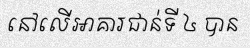
នៅលើអាគារជាន់ទី ៤ បាន